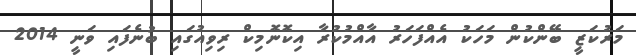
މަރުކަޒީ ބޭންކުން މަހަކު އެއްފަހަރު އާއްމުކުރާ އިކޮނޮމިކް ރިވިއުގައި ބުނެފައި ވަނީ 2014